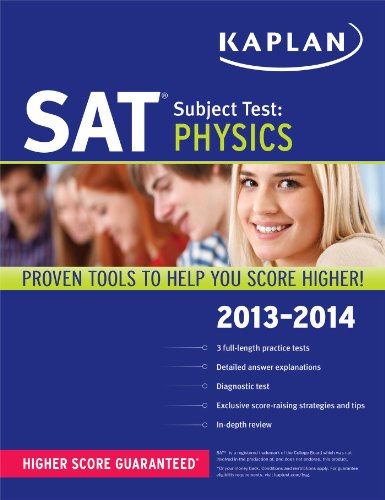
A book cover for Kaplan SAT Subject Test Physics 2013-2014 (Kaplan Test Prep); Kaplan; Test Preparation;